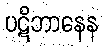
ပဋိဘာနေန